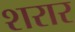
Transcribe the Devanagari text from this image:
शरार